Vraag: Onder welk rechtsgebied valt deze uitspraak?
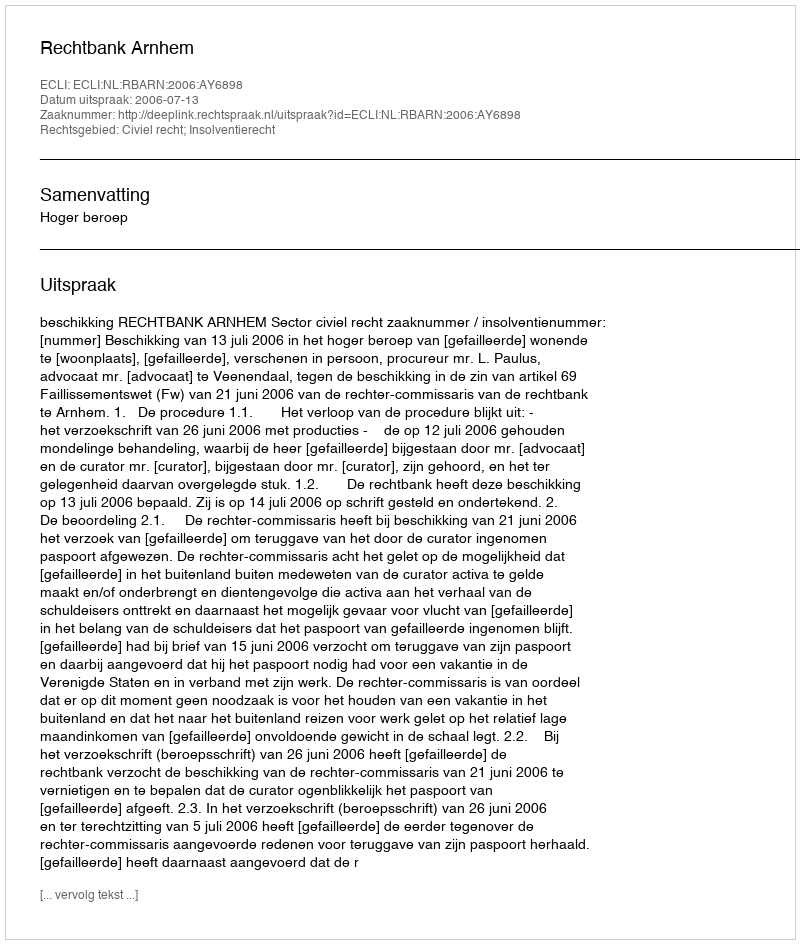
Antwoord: Civiel recht; Insolventierecht